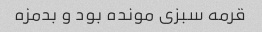
قرمه سبزی مونده بود و بدمزه